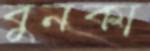
বুনকা